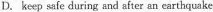
D.keep safe during and after an carthquake